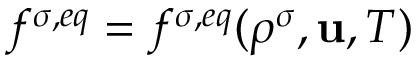
f ^ { \sigma , e q } = f ^ { \sigma , e q } ( \rho ^ { \sigma } , \mathbf { u } , T )